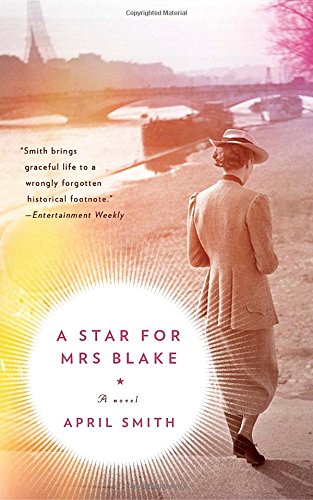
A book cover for A Star for Mrs. Blake; April Smith; Romance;